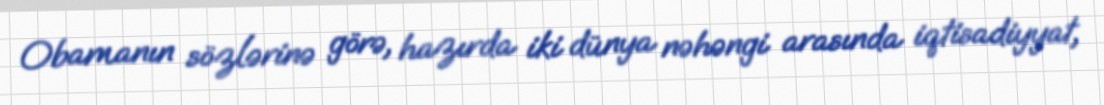
Obamanın sözlərinə görə, hazırda iki dünya nəhəngi arasında iqtisadiyyat,